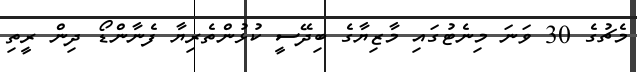
މެޗުގެ 30 ވަނަ މިނެޓުގައި މާޒިޔާގެ ބިދޭސީ ކުޅުންތެރިޔާ ފެނާންޑޯ ދިން ރީތި